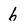
Character: b